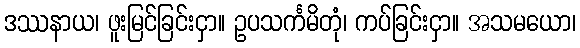
ဒဿနာယ၊ ဖူးမြင်ခြင်းငှာ။ ဥပသင်္ကမိတုံ၊ ကပ်ခြင်းငှာ။ အသမယော၊